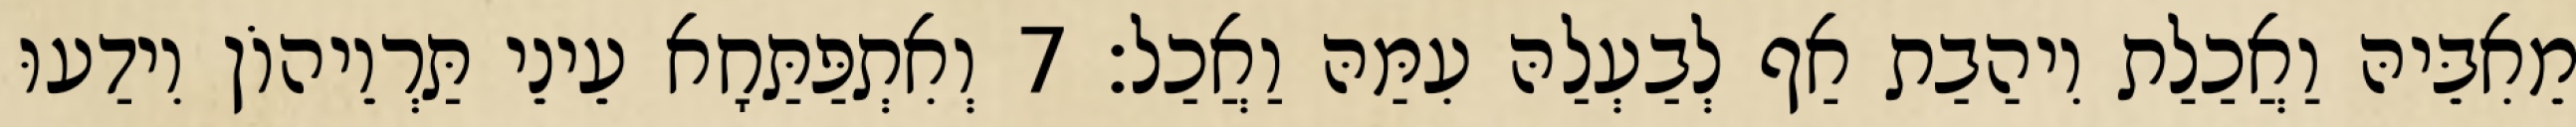
מֵאִבֵּיהּ וַאֲכַלַת וִיהַבַת אַף לְבַעְלַהּ עִמַּהּ וַאֲכַל׃ 7 וְאִתְפַּתַּחָא עֵינֵי תַּרְוֵיהוֹן וִידַעוּ